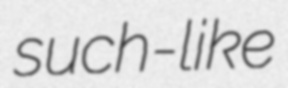
such-like